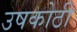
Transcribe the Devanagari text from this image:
उषकोठी